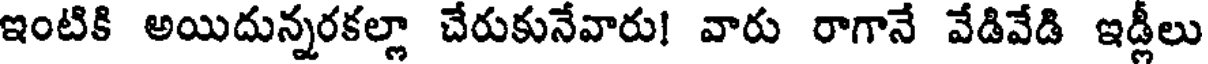
ఇంటికి అయిదున్నరకల్లా చేరుకునేవారు! వారు రాగానే వేడివేడి ఇడ్లీలు